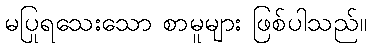
မပြုရသေးသော စာမူများ ဖြစ်ပါသည်။